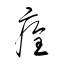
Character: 痊